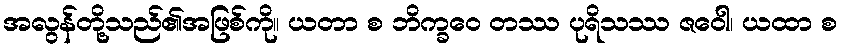
အလွန်တို့သည်၏အဖြစ်ကို။ ယတာ စ ဘိက္ခဝေ တဿ ပုရိသဿ ဇဝေါ၊ ယထာ စ